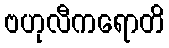
ဗဟုလီကရောတိ